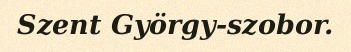
Szent György-szobor.